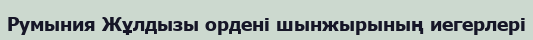
Румыния Жұлдызы ордені шынжырының иегерлері